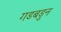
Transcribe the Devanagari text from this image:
गडबडुन